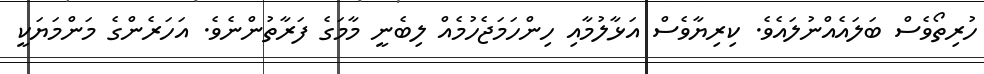
ހުރިތޯވެސް ބަލައެއްނުލައެވެ. ކިރިޔާވެސް އަޅާލުމާއި ހިންހަމަޖެހުމެއް ލިބެނީ މާމަގެ ފަރާތުންނެވެ. އަހަރެންގެ މަންމަޔަކީ